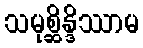
သမုစ္ဆိန္ဒိဿာမ